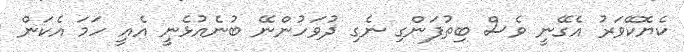
ކެޔޮކޭވަރު އެގޭނީ ވެސް ބިތުފަންގި ނެގި ދުވަހުންނޭ ބުނެއުޅެނީ އެއީ ހަމަ އެކަން